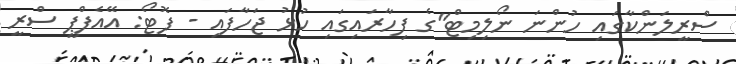
ސްރީލަންކާގައި ހުންނަ ނޯލިމިޓް"ގެ ފިހާރައިގައި ހުޅު ޖަހާފައި - ފޮޓޯ: އޭއެފްޕީ ސްރީ